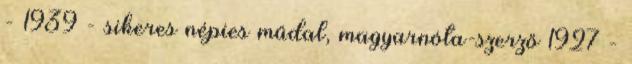
- 1939 - sikeres népies műdal, magyarnóta-szerző 1927 -